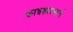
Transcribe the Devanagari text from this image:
फ़ाइब्राइलर्स